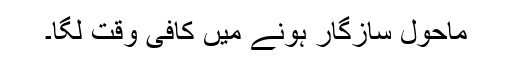
ماحول سازگار ہونے میں کافی وقت لگا۔